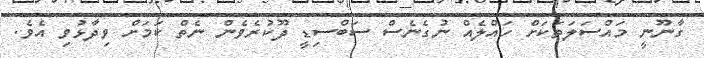
ގާނޫނީ މައްސަލަތަކަށް ހައްލެއް ނުގެނެސް ސަބްސިޑީ ދޫކުރެވެން ނެތް ކަމަށް ވިދާޅުވި އެވެ.